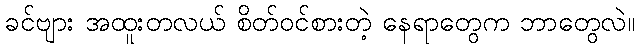
ခင်ဗျား အထူးတလယ် စိတ်ဝင်စားတဲ့ နေရာတွေက ဘာတွေလဲ။